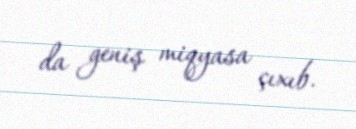
da geniş miqyasa çıxıb.